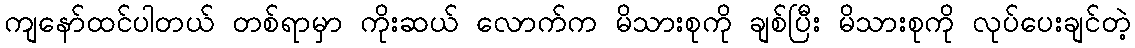
ကျနော်ထင်ပါတယ် တစ်ရာမှာ ကိုးဆယ် လောက်က မိသားစုကို ချစ်ပြီး မိသားစုကို လုပ်ပေးချင်တဲ့